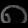
Digit: ၈